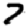
Digit: 7